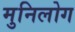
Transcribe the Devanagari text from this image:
मुनिलोग